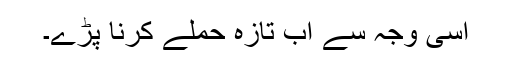
اسی وجہ سے اب تازہ حملے کرنا پڑے۔